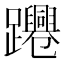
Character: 𨇫